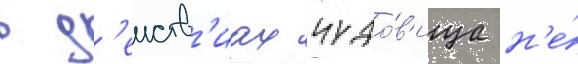
в д'еиств'иах чудо́в'ища н'е́